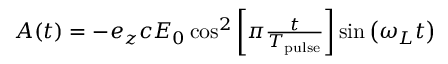
\begin{array} { r } { \boldsymbol A ( t ) = - \boldsymbol e _ { z } c E _ { 0 } \cos ^ { 2 } \left[ \pi \frac { t } { T _ { \mathrm { p u l s e } } } \right] \sin \left( \omega _ { L } t \right) } \end{array}